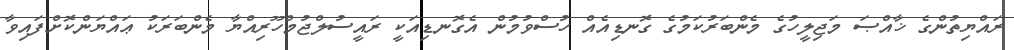
ރައްޔިތުންގެ ޚާއްޞަ މަޖިލީހުގެ މެންބަރުކަމުގެ ގޮނޑިއެއް ހުސްވުމުން އެގޮނޑިއަކީ ރައީސުލްޖުމްހޫރިއްޔާ މެންބަރަކު ޢައްޔަންކޮށްފައިވާ